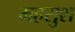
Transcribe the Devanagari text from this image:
महसुश